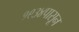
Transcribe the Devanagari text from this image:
१९३४पासून